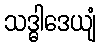
သဒ္ဓါဒေယျံ